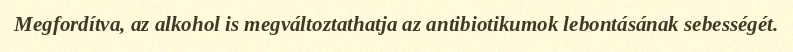
Megfordítva, az alkohol is megváltoztathatja az antibiotikumok lebontásának sebességét.